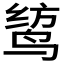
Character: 𫛯